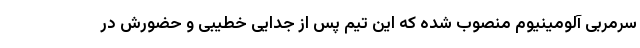
سرمربی آلومینیوم منصوب شده که این تیم پس از جدایی خطیبی و حضورش در